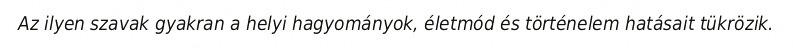
Az ilyen szavak gyakran a helyi hagyományok, életmód és történelem hatásait tükrözik.